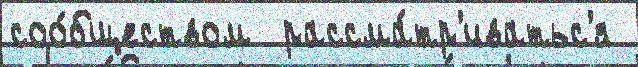
соо́бществом  рассма́тр'иватьс'я